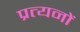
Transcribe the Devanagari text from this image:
प्रत्यनों